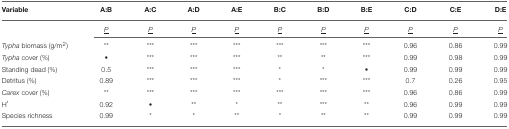
<table><thead><tr><td><b>Variable</b></td><td><b>A:B</b></td><td><b>A:C</b></td><td><b>A:D</b></td><td><b>A:E</b></td><td><b>B:C</b></td><td><b>B:D</b></td><td><b>B:E</b></td><td><b>C:D</b></td><td><b>C:E</b></td><td><b>D:E</b></td></tr></thead><tbody><tr><td></td><td><i><underline>P</underline></i></td><td><i><underline>P</underline></i></td><td><i><underline>P</underline></i></td><td><i><underline>P</underline></i></td><td><i><underline>P</underline></i></td><td><i><underline>P</underline></i></td><td><i><underline>P</underline></i></td><td><i><underline>P</underline></i></td><td><i><underline>P</underline></i></td><td><i><underline>P</underline></i></td></tr><tr><td><i>Typha</i> biomass (g/m<sup>2</sup>)</td><td><sup>**</sup></td><td><sup>***</sup></td><td><sup>***</sup></td><td><sup>***</sup></td><td><sup>***</sup></td><td><sup>***</sup></td><td><sup>***</sup></td><td>0.96</td><td>0.86</td><td>0.99</td></tr><tr><td><i>Typha</i> cover (%)</td><td>•</td><td><sup>***</sup></td><td><sup>***</sup></td><td><sup>***</sup></td><td><sup>**</sup></td><td><sup>**</sup></td><td><sup>***</sup></td><td>0.99</td><td>0.98</td><td>0.99</td></tr><tr><td>Standing dead (%)</td><td>0.5</td><td><sup>***</sup></td><td><sup>***</sup></td><td><sup>***</sup></td><td><sup>*</sup></td><td><sup>*</sup></td><td>•</td><td>0.99</td><td>0.99</td><td>0.99</td></tr><tr><td>Detritus (%)</td><td>0.89</td><td><sup>***</sup></td><td><sup>***</sup></td><td><sup>***</sup></td><td><sup>*</sup></td><td><sup>***</sup></td><td><sup>***</sup></td><td>0.7</td><td>0.26</td><td>0.95</td></tr><tr><td><i>Carex</i> cover (%)</td><td><sup>**</sup></td><td><sup>***</sup></td><td><sup>***</sup></td><td><sup>***</sup></td><td><sup>***</sup></td><td><sup>***</sup></td><td><sup>***</sup></td><td>0.96</td><td>0.86</td><td>0.99</td></tr><tr><td>H′</td><td>0.92</td><td>•</td><td><sup>**</sup></td><td><sup>*</sup></td><td><sup>**</sup></td><td><sup>***</sup></td><td><sup>**</sup></td><td>0.96</td><td>0.99</td><td>0.99</td></tr><tr><td>Species richness</td><td>0.99</td><td><sup>*</sup></td><td><sup>*</sup></td><td><sup>**</sup></td><td><sup>*</sup></td><td><sup>**</sup></td><td><sup>**</sup></td><td>0.99</td><td>0.99</td><td>0.99</td></tr></tbody></table>